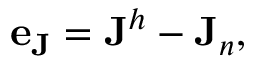
\begin{array} { r } { \mathbf { e } _ { \mathbf { J } } = \mathbf { J } ^ { h } - \mathbf { J } _ { n } , } \end{array}